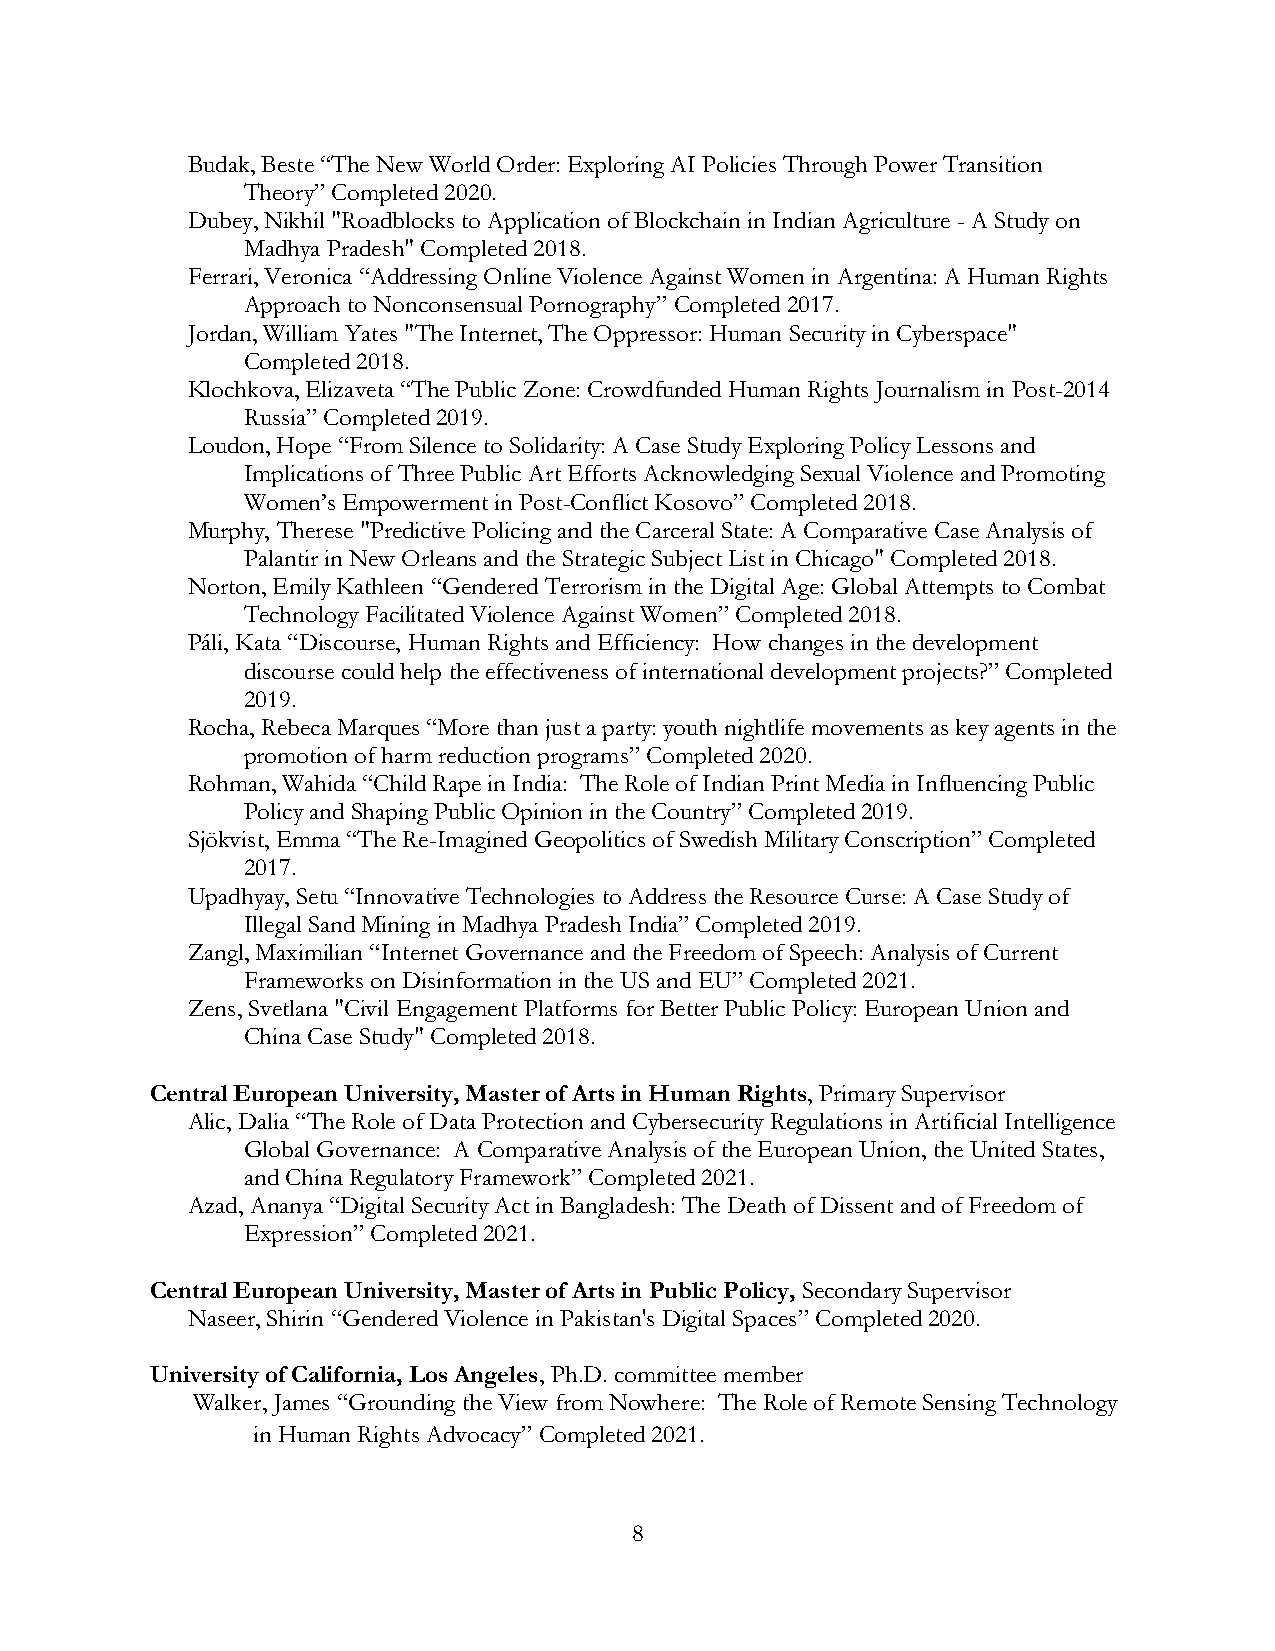
Budak, Beste “The New World Order: Exploring AI Policies Through Power Transition
 Theory” Completed 2020.
 Dubey, Nikhil "Roadblocks to Application of Blockchain in Indian Agriculture - A Study on
 Madhya Pradesh" Completed 2018.
 Ferrari, Veronica “Addressing Online Violence Against Women in Argentina: A Human Rights
 Approach to Nonconsensual Pornography” Completed 2017.
 Jordan, William Yates "The Internet, The Oppressor: Human Security in Cyberspace"
 Completed 2018.
 Klochkova, Elizaveta “The Public Zone: Crowdfunded Human Rights Journalism in Post-2014
 Russia” Completed 2019.
 Loudon, Hope “From Silence to Solidarity: A Case Study Exploring Policy Lessons and
 Implications of Three Public Art Efforts Acknowledging Sexual Violence and Promoting
 Women’s Empowerment in Post-Conflict Kosovo” Completed 2018.
 Murphy, Therese "Predictive Policing and the Carceral State: A Comparative Case Analysis of
 Palantir in New Orleans and the Strategic Subject List in Chicago" Completed 2018.
 Norton, Emily Kathleen “Gendered Terrorism in the Digital Age: Global Attempts to Combat
 Technology Facilitated Violence Against Women” Completed 2018.
 Páli, Kata “Discourse, Human Rights and Efficiency: How changes in the development
 discourse could help the effectiveness of international development projects?” Completed
 2019.
 Rocha, Rebeca Marques “More than just a party: youth nightlife movements as key agents in the
 promotion of harm reduction programs” Completed 2020.
 Rohman, Wahida “Child Rape in India: The Role of Indian Print Media in Influencing Public
 Policy and Shaping Public Opinion in the Country” Completed 2019.
 Sjökvist, Emma “The Re-Imagined Geopolitics of Swedish Military Conscription” Completed
 2017.
 Upadhyay, Setu “Innovative Technologies to Address the Resource Curse: A Case Study of
 Illegal Sand Mining in Madhya Pradesh India” Completed 2019.
 Zangl, Maximilian “Internet Governance and the Freedom of Speech: Analysis of Current
 Frameworks on Disinformation in the US and EU” Completed 2021.
 Zens, Svetlana "Civil Engagement Platforms for Better Public Policy: European Union and
 China Case Study" Completed 2018.
 Central European University, Master of Arts in Human Rights, Primary Supervisor
 Alic, Dalia “The Role of Data Protection and Cybersecurity Regulations in Artificial Intelligence
 Global Governance: A Comparative Analysis of the European Union, the United States,
 and China Regulatory Framework” Completed 2021.
 Azad, Ananya “Digital Security Act in Bangladesh: The Death of Dissent and of Freedom of
 Expression” Completed 2021.
 Central European University, Master of Arts in Public Policy, Secondary Supervisor
 Naseer, Shirin “Gendered Violence in Pakistan's Digital Spaces” Completed 2020.
 University of California, Los Angeles, Ph.D. committee member
 Walker, James “Grounding the View from Nowhere: The Role of Remote Sensing Technology
 in Human Rights Advocacy” Completed 2021.
 8